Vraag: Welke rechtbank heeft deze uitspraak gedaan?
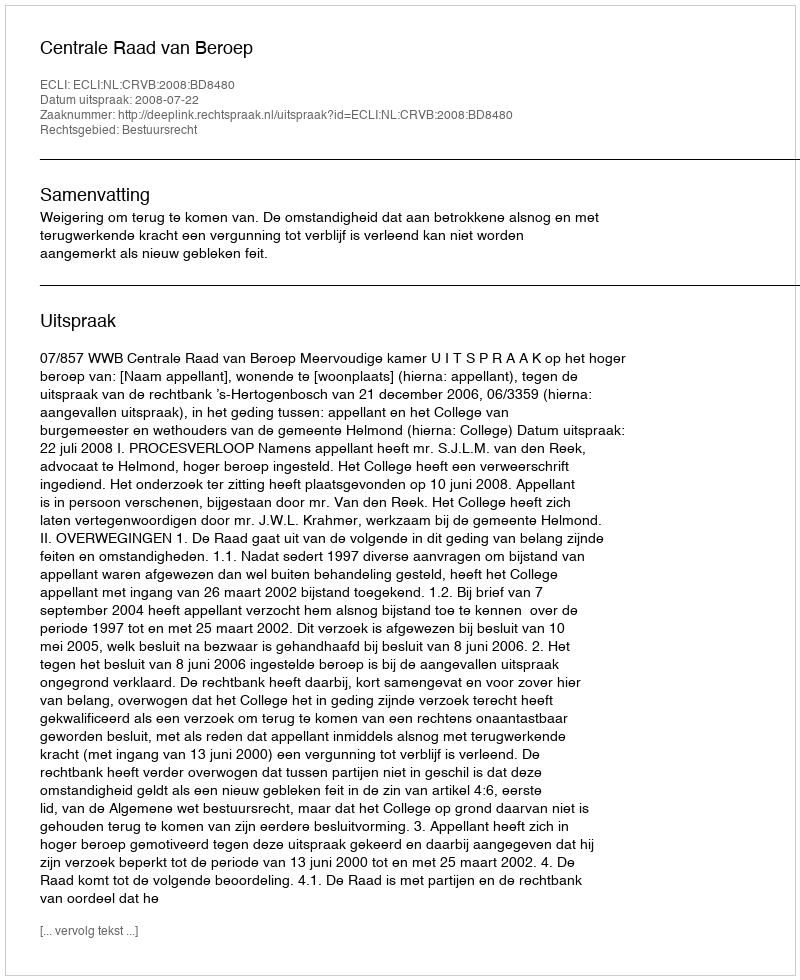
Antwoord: Centrale Raad van Beroep